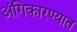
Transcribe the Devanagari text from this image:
अंगिकारण्यात